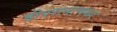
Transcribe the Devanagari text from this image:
दीपरत्नाणकर